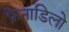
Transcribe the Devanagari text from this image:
फ्रेनाडिलो